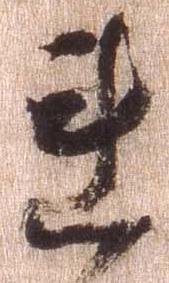
連